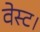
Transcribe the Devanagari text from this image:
वेस्ट।